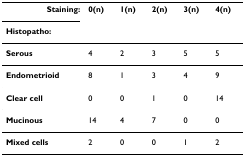
<table><thead><tr><td><b>Staining:</b></td><td><b>0(n)</b></td><td><b>1(n)</b></td><td><b>2(n)</b></td><td><b>3(n)</b></td><td><b>4(n)</b></td></tr><tr><td><b>Histopatho:</b></td><td></td><td></td><td></td><td></td><td></td></tr></thead><tbody><tr><td><b>Serous</b></td><td>4</td><td>2</td><td>3</td><td>5</td><td>5</td></tr><tr><td><b>Endometrioid</b></td><td>8</td><td>1</td><td>3</td><td>4</td><td>9</td></tr><tr><td><b>Clear cell</b></td><td>0</td><td>0</td><td>1</td><td>0</td><td>14</td></tr><tr><td><b>Mucinous</b></td><td>14</td><td>4</td><td>7</td><td>0</td><td>0</td></tr><tr><td><b>Mixed cells</b></td><td>2</td><td>0</td><td>0</td><td>1</td><td>2</td></tr></tbody></table>